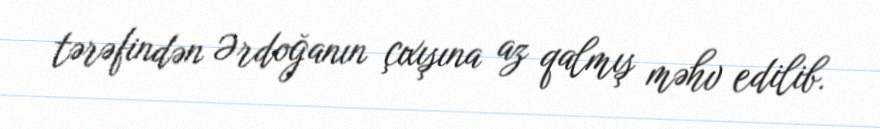
tərəfindən Ərdoğanın çıxışına az qalmış məhv edilib.